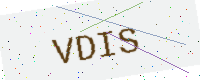
Text: VDIS